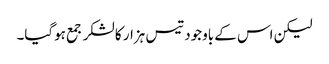
لیکن اس کے باوجود تیس ہزار کا لشکر جمع ہوگیا۔